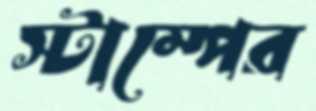
স্টাম্পের